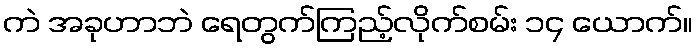
ကဲ အခုဟာဘဲ ရေတွက်ကြည့်လိုက်စမ်း ၁၄ ယောက်။